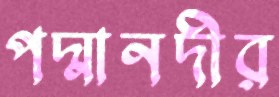
পদ্মানদীর